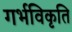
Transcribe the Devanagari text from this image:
गर्भविकृति